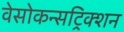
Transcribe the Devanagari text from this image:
वेसोकन्सट्रिक्शन